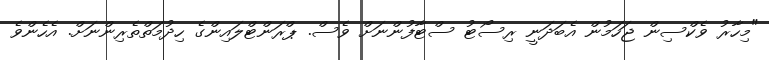
"މިހާރު ވެކްސިން ޖަހަމުން އެބަދަނީ ރިސޯޓު ސްޓާފުންނަށް ވެސް. ޕްރަންޓްލައިންގެ ހިދުމަތްތެރިންނަށް. އެހެންވެ